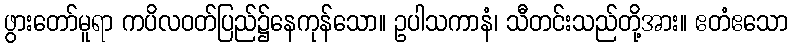
ဖွားတော်မူရာ ကပိလဝတ်ပြည်၌နေကုန်သော။ ဥပါသကာနံ၊ သီတင်းသည်တို့အား။ ဧတံဧသော